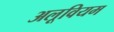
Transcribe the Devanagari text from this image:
अलूवियम